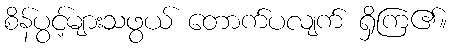
စိန်ပွင့်များသဖွယ် တောက်ပလျက် ရှိကြ၏။